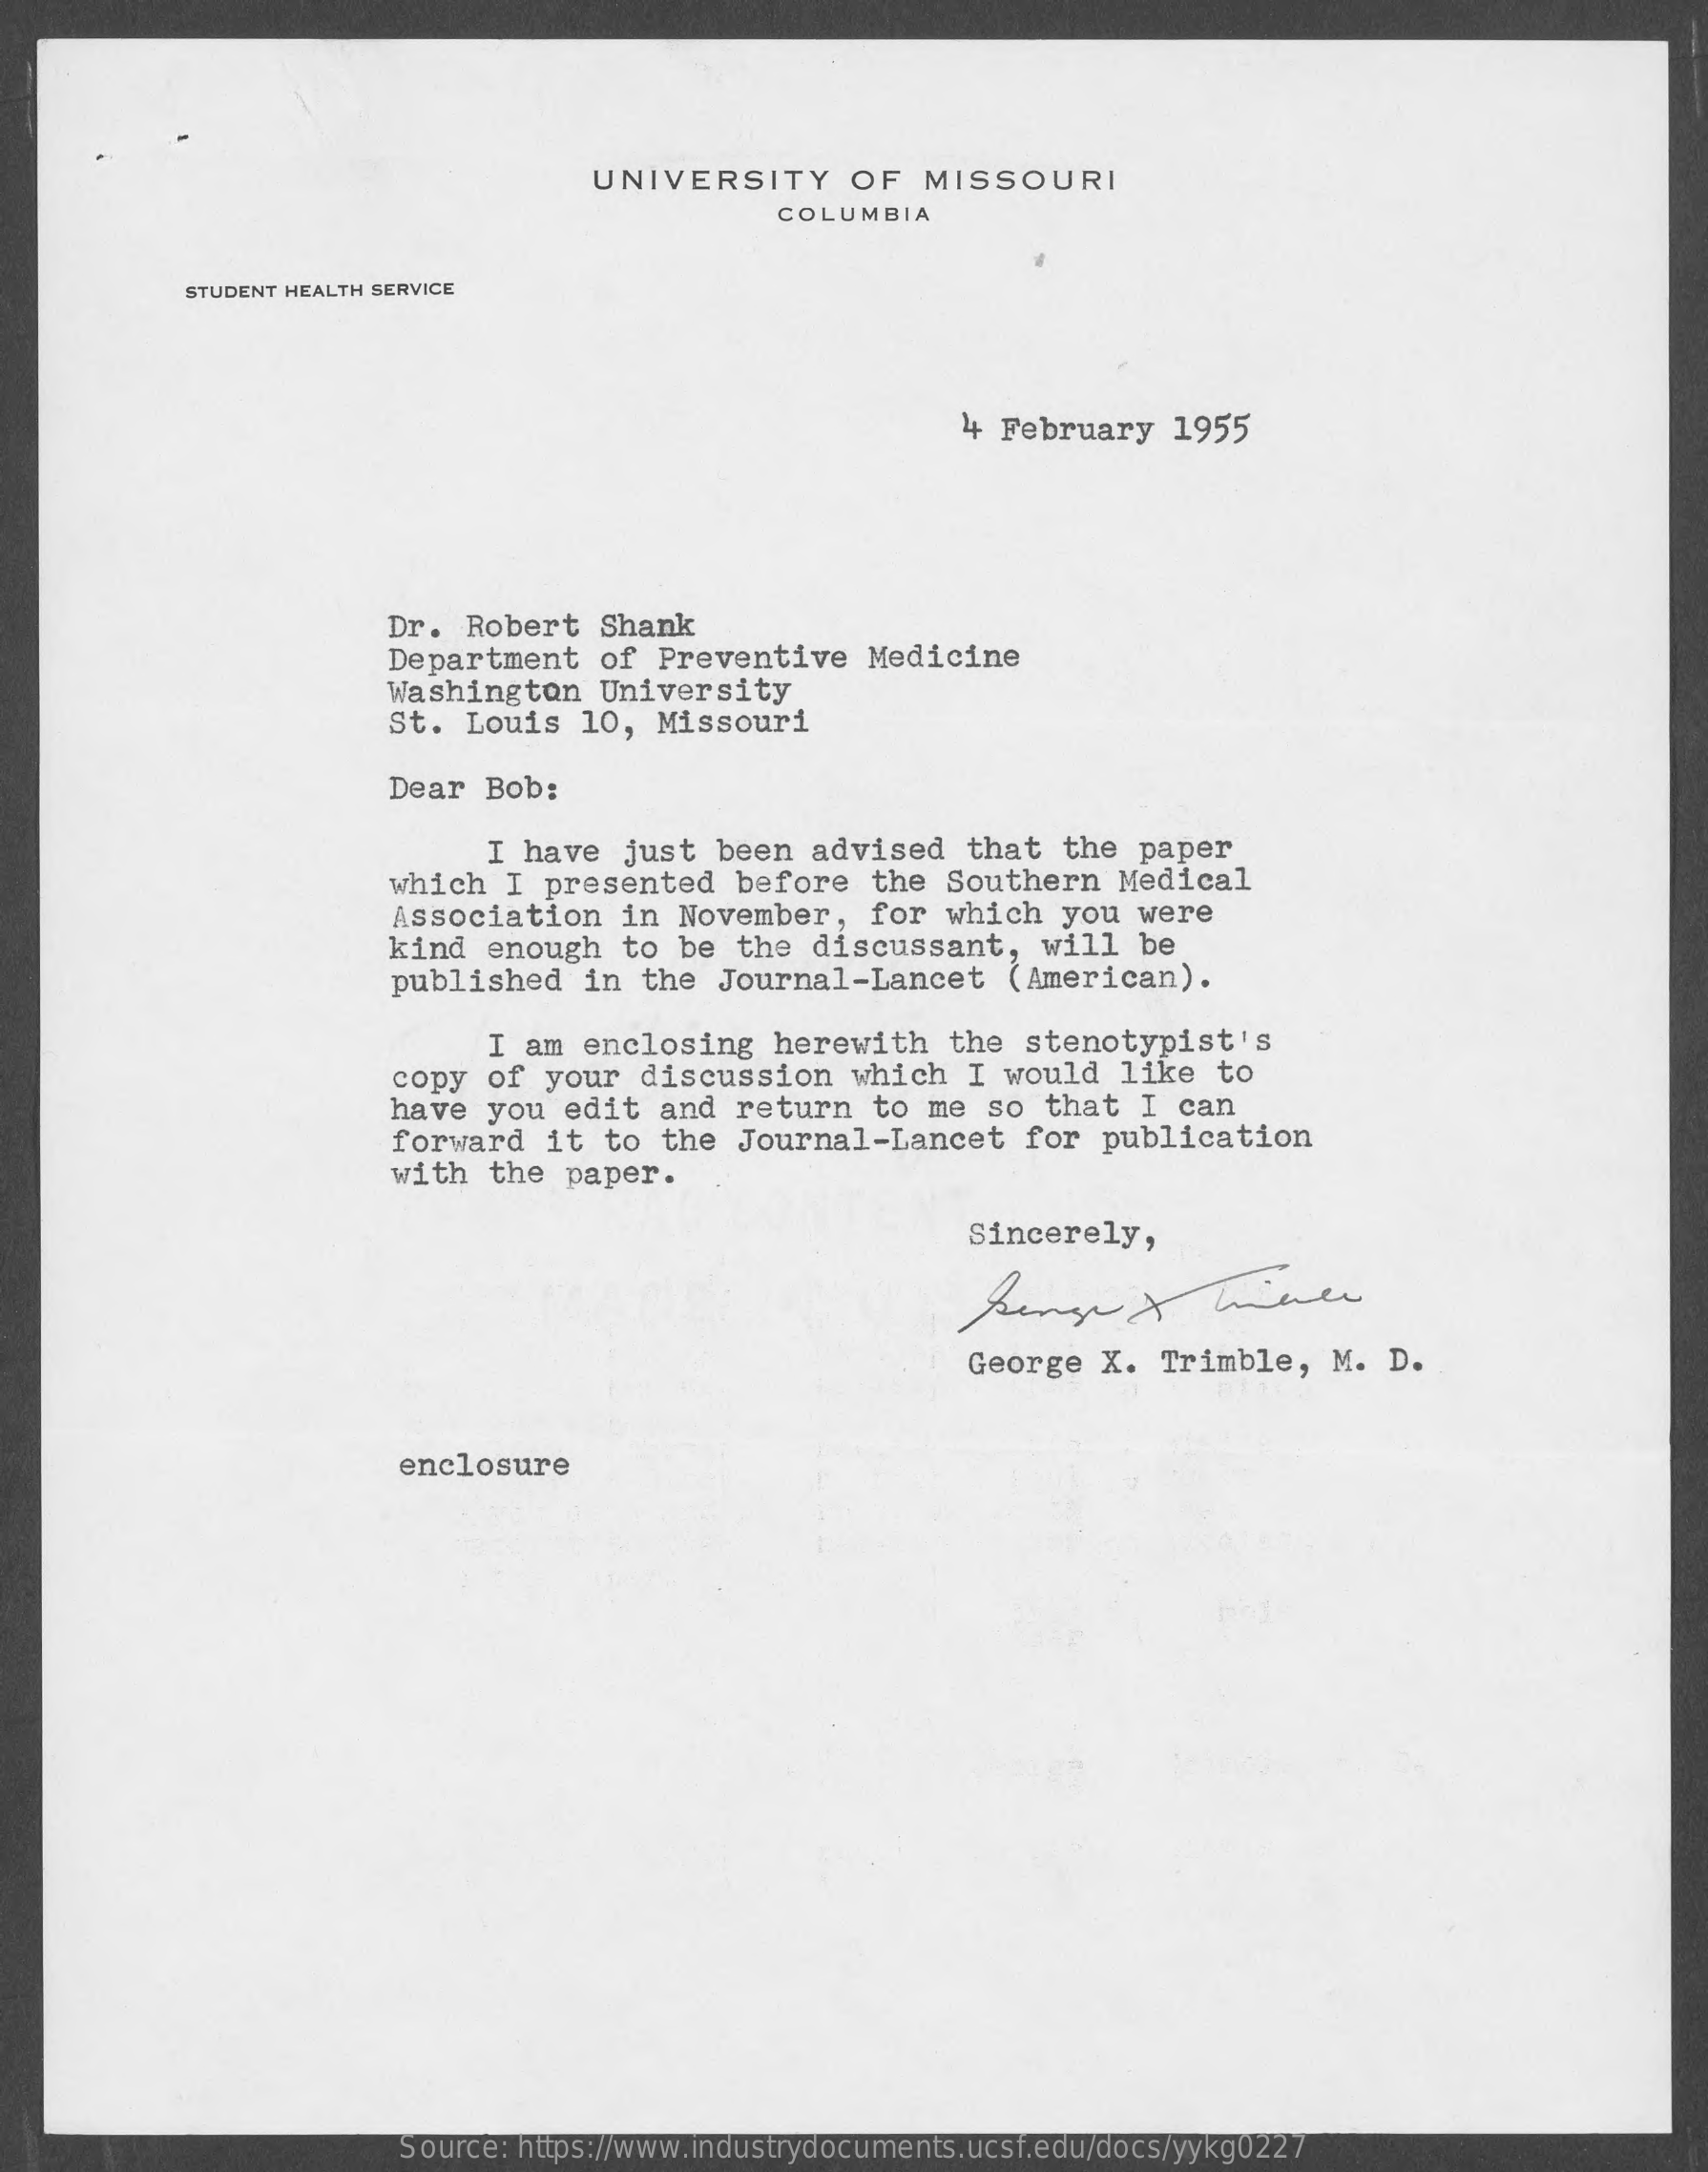
UNIVERSITY    OF   MISSOURI
     COLUMBIA
     STUDENT HEALTH SERVICE
     4 February   1955
     Dr.  Robert   Shank
     Department    of  Preventive   Medicine
     Washington   University
     St. Louis   10,  Missouri
     Dear  Bob:
     I have   just  been  advised   that  the  paper
     which  I presented    before   the  Southern   Medical
     Association    in November,    for  which  you  were
     kind  enough   to be  the  discussant,    will  be
     published   in  the Journal-Lancet    (American).
     I am  enclosing   herewith    the  stenotypist's
     copy  of your   discussion    which  I would   like  to
     have   you  edit  and  return   to me  so  that  I  can
     forward   it to  the  Journal-Lancet    for  publication
     with  the  paper.
     Sincerely,
     George   X. Trimble,    M. D.
     enclosure
     Source: https://www.industrydocuments.ucsf.edu/docs/yykg0227